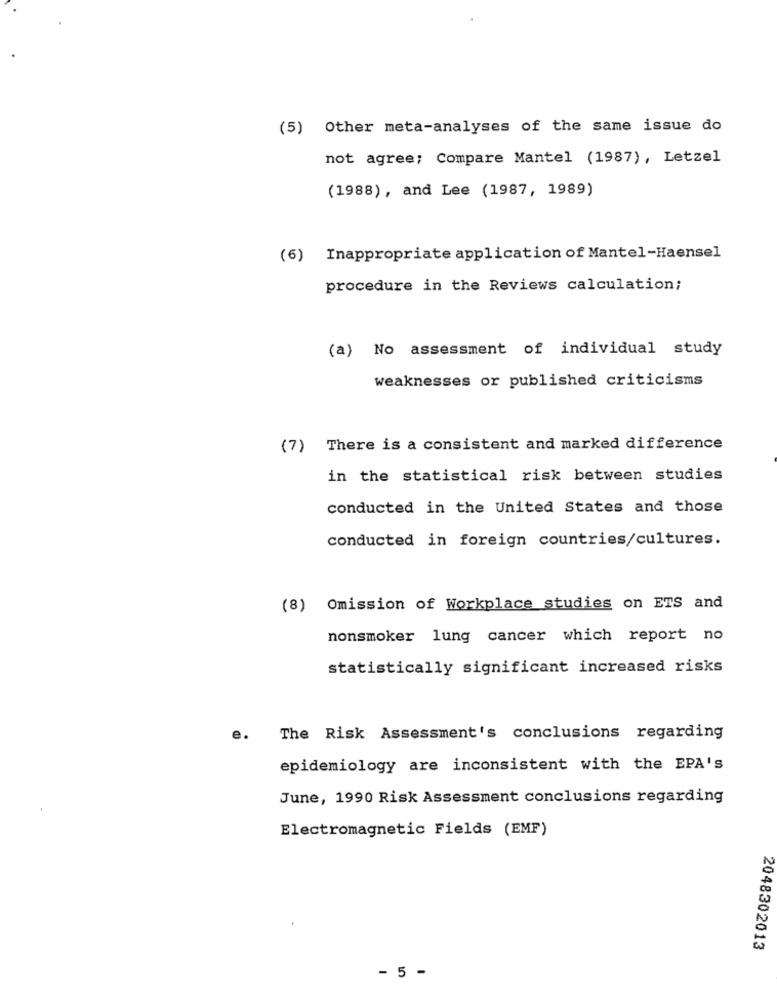
(5) Other meta-analyses of the same issue do
not agree; Compare Mantel (1987), Letzel
(1988), and Lee (1987, 1989)
(6) Inappropriate application of Mantel-Haensel
procedure in the Reviews calculation;
(a) No assessment of individual study
weaknesses or published criticisms
(7) There is a consistent and marked difference
in the statistical risk between studies
conducted in the United States and those
conducted in foreign countries/cultures.
(8) Omission of Workplace studies on ETS and
nonsmoker lung cancer which report no
statistically significant increased risks
e.
The Risk Assessment's conclusions regarding
epidemiology are inconsistent with the EPA's
June, 1990 Risk Assessment conclusions regarding
Electromagnetic Fields (EMF)
2048302013
- 5 -